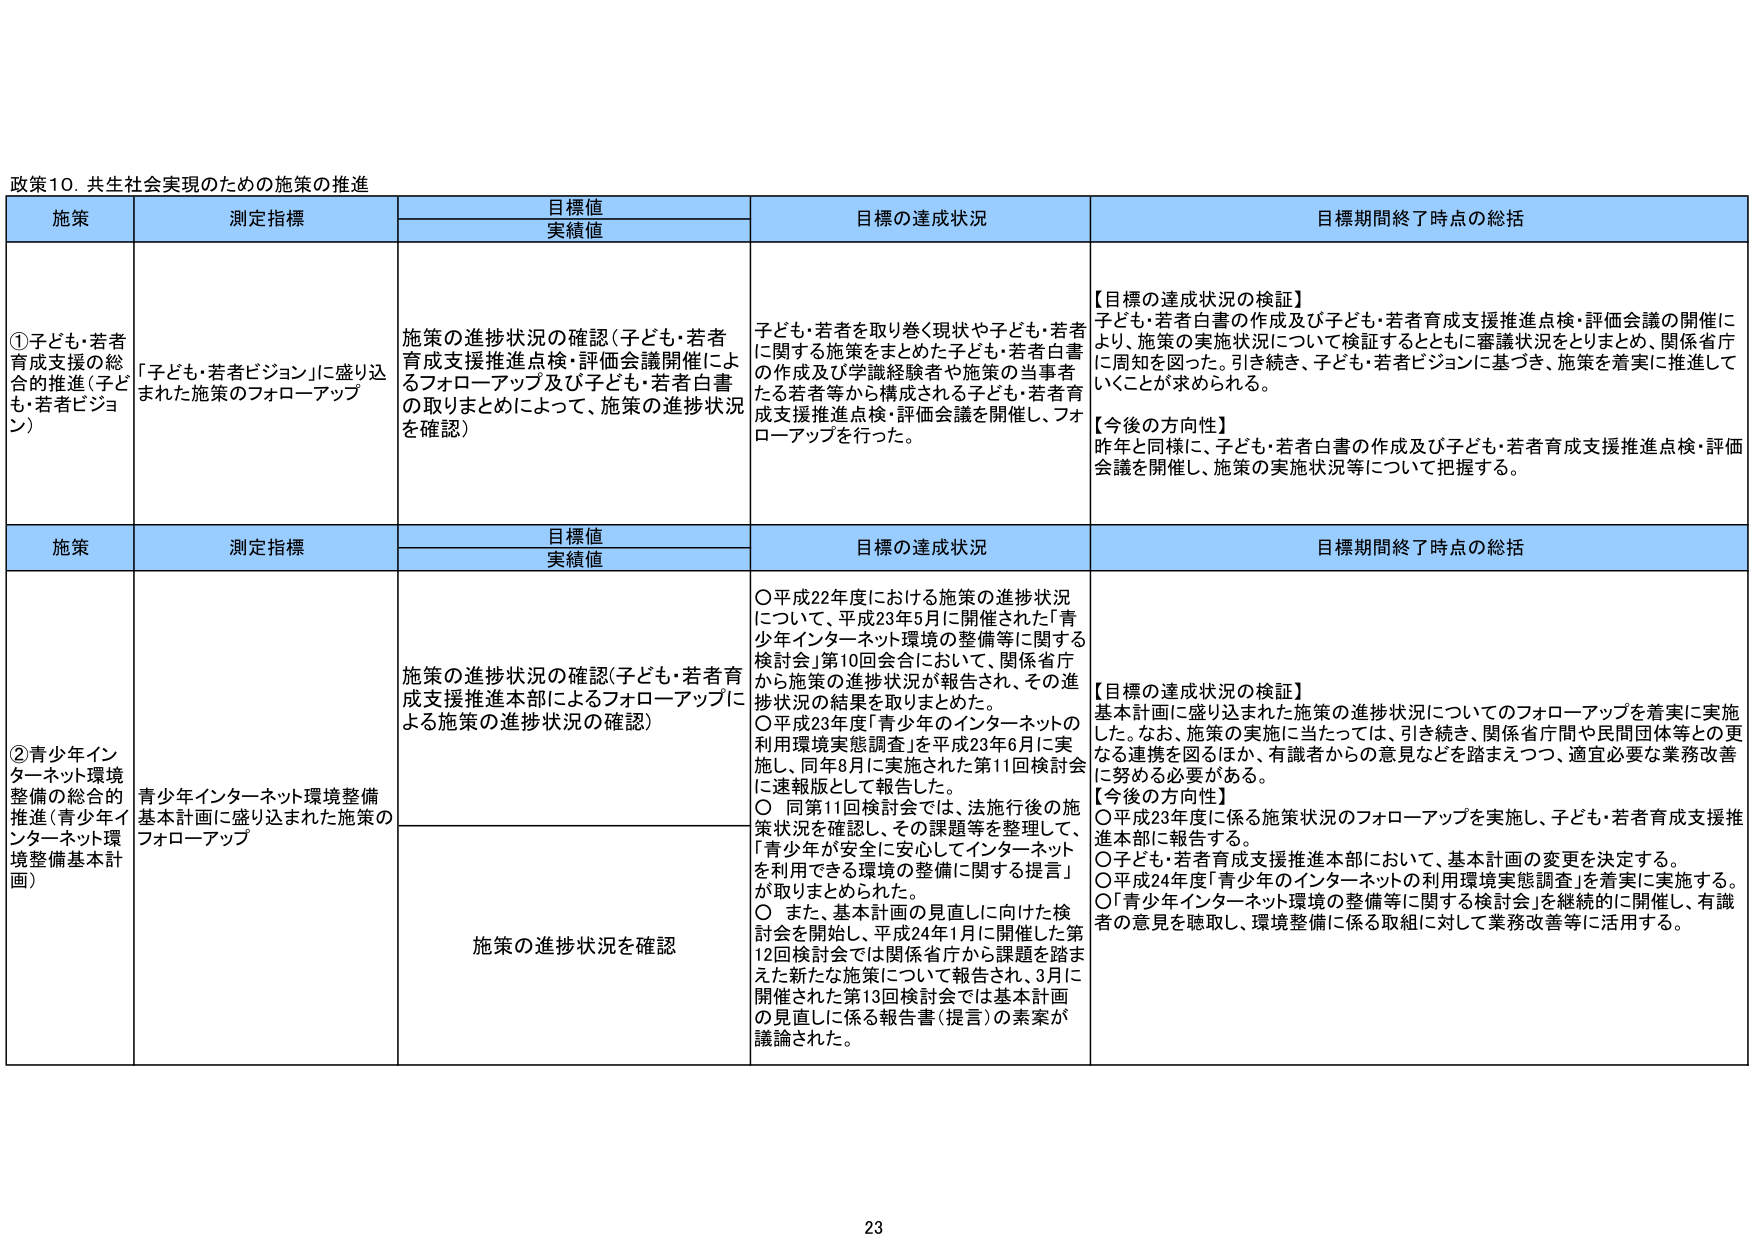
政策10．共生社会実現のための施策の推進

施策	測定指標	目標値	目標の達成状況	目標期間終了時点の総括
		実績値

①子ども・若者育成支援の総合的推進（子ども・若者ビジョン）	「子ども・若者ビジョン」に盛り込まれた施策のフォローアップ	施策の進捗状況の確認（子ども・若者育成支援推進点検・評価会議開催によるフォローアップ及び子ども・若者白書の取りまとめによって、施策の進捗状況を確認）	子ども・若者を取り巻く現状や子ども・若者に関する施策をまとめた子ども・若者白書の作成及び学識経験者や施策の当事者たる若者等から構成される子ども・若者育成支援推進点検・評価会議を開催し、フォローアップを行った。	【目標の達成状況の検証】
子ども・若者白書の作成及び子ども・若者育成支援推進点検・評価会議の開催により、施策の実施状況について検証するとともに審議状況をとりまとめ、関係省庁に周知を図った。引き続き、子ども・若者ビジョンに基づき、施策を着実に推進していくことが求められる。
【今後の方向性】
昨年と同様に、子ども・若者白書の作成及び子ども・若者育成支援推進点検・評価会議を開催し、施策の実施状況等について把握する。

施策	測定指標	目標値	目標の達成状況	目標期間終了時点の総括
		実績値

②青少年インターネット環境整備の総合的推進（青少年インターネット環境整備基本計画）	青少年インターネット環境整備基本計画に盛り込まれた施策のフォローアップ	施策の進捗状況の確認（子ども・若者育成支援推進本部によるフォローアップによる施策の進捗状況の確認）	○平成22年度における施策の進捗状況について、平成23年5月に開催された「青少年インターネット環境の整備等に関する検討会」第10回会合において、関係省庁から施策の進捗状況が報告され、その進捗状況の結果を取りまとめた。
○平成23年度「青少年のインターネットの利用環境実態調査」を平成23年6月に実施し、同年8月に実施された第11回検討会に速報版として報告した。
○ 同第11回検討会では、法施行後の施策状況を確認し、その課題等を整理して、「青少年が安全に安心してインターネットを利用できる環境の整備に関する提言」が取りまとめられた。
○ また、基本計画の見直しに向けた検討会を開始し、平成24年1月に開催した第12回検討会では関係省庁から課題を踏まえた新たな施策について報告され、3月に開催された第13回検討会では基本計画の見直しに係る報告書（提言）の素案が議論された。	【目標の達成状況の検証】
基本計画に盛り込まれた施策の進捗状況についてのフォローアップを着実に実施した。なお、施策の実施に当たっては、引き続き、関係省庁間や民間団体等との更なる連携を図るほか、有識者からの意見などを踏まえつつ、適宜必要な業務改善に努める必要がある。
【今後の方向性】
○平成23年度に係る施策状況のフォローアップを実施し、子ども・若者育成支援推進本部に報告する。
○子ども・若者育成支援推進本部において、基本計画の変更を決定する。
○平成24年度「青少年のインターネットの利用環境実態調査」を着実に実施する。
○「青少年インターネット環境の整備等に関する検討会」を継続的に開催し、有識者の意見を聴取し、環境整備に係る取組に対して業務改善等に活用する。

23